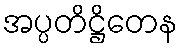
အပ္ပတိဋ္ဌိတေန